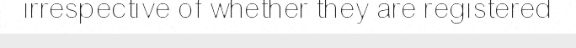
irrespective of whether they are registered